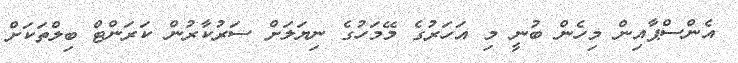
އެންސްޕާއިން މިހެން ބުނީ މި އަހަރުގެ މޭމަހުގެ ނިޔަލަށް ސަރުކާރުން ކަރަންޓް ބިލްތަކަށް